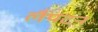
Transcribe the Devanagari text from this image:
लैंपटन